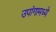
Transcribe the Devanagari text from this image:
उपांगामध्ये